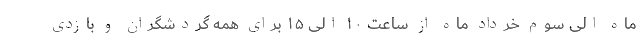
ماه الی سوم خرداد ماه از ساعت ۱۰ الی ۱۵ برای همه گردشگران و بازدی